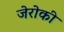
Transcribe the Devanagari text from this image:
जेरोकी